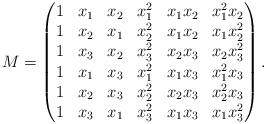
LaTeX: \begin{align*}M = \begin{pmatrix}1 & x_1 & x_2 & x_1^2 & x_1x_2 & x_1^2x_2 \\1 & x_2 & x_1 & x_2^2 & x_1x_2 & x_1x_2^2 \\1 & x_3 & x_2 & x_3^2 & x_2x_3 & x_2x_3^2 \\1 & x_1 & x_3 & x_1^2 & x_1x_3 & x_1^2x_3 \\1 & x_2 & x_3 & x_2^2 & x_2x_3 & x_2^2x_3 \\1 & x_3 & x_1 & x_3^2 & x_1x_3 & x_1x_3^2\end{pmatrix}.\end{align*}